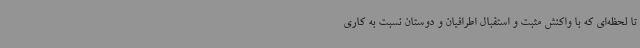
تا لحظه‌ای که با واکنش مثبت و استقبال اطرافیان و دوستان نسبت به‌ کاری